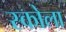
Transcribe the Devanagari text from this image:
स्कोला